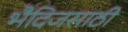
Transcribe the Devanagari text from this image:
भैदिजसाठी